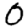
Digit: 0